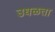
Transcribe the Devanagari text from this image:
उधळता